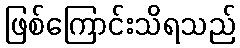
ဖြစ်ကြောင်းသိရသည်